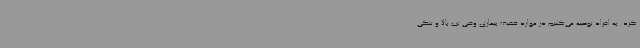
کرد: به افراد توصیه می‌کنیم در موارد خفیف بیماری وقتی تب بالا و تنگی